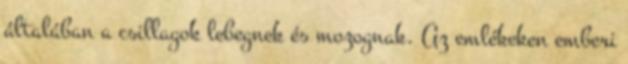
általában a csillagok lebegnek és mozognak. Az emlékeken emberi